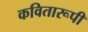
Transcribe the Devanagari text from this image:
कवितारूपी